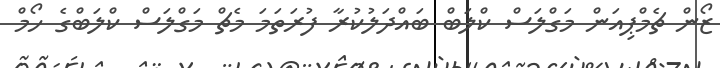
ޒޯން ޗެމްޕިއަން މަގްލަސް ކްލަބް ބައްދަލުކުރާ ފުރަތަމަ މެޗް މަގްލަސް ކްލަބްގެ ހޯމް